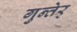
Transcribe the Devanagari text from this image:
गुन्तेर्